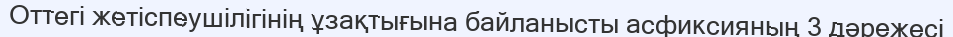
Оттегі жетіспеушілігінің ұзақтығына байланысты асфиксияның 3 дәрежесі